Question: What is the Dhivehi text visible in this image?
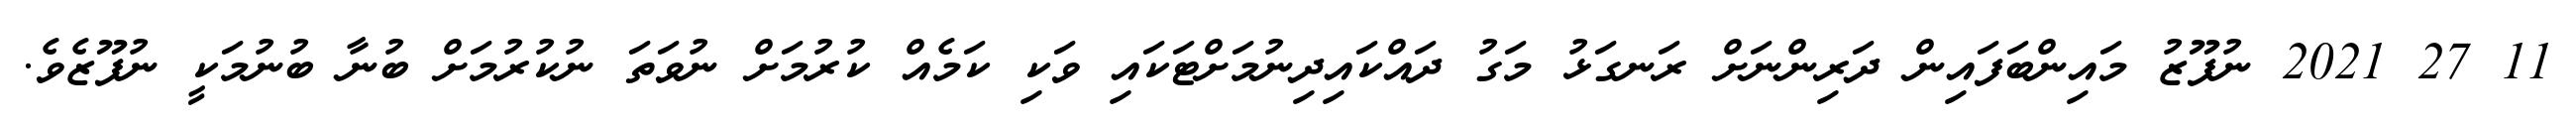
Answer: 11 27 2021 ނުފޫޒު މައިންބަފައިން ދަރިންނަށް ރަނގަޅު މަގު ދައްކައިދިނުމަށްޓަކައި ވަކި ކަމެއް ކުރުމަށް ނުވަތަ ނުކުރުމަށް ބުނާ ބުނުމަކީ ނުފޫޒެވެ.